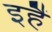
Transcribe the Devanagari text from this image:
इहैं